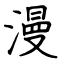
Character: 漫